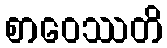
စာဝေဿတိ